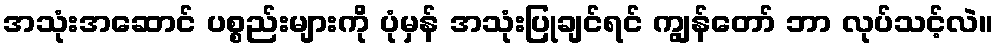
အသုံးအဆောင် ပစ္စည်းများကို ပုံမှန် အသုံးပြုချင်ရင် ကျွန်တော် ဘာ လုပ်သင့်လဲ။